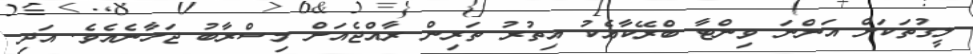
ލީގުތަކަށް އަންނަ ވިންޓާ ބްރޭކާއެކު އިތުރު ތަރިން ރާއްޖެއަށް މިސްރާބު ޖަހާނެއެވެ. އަދި